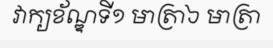
វាក្យខ័ណ្ឌទី១ មាត្រា៦ មាត្រា